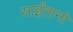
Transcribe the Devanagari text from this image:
साईंतानो